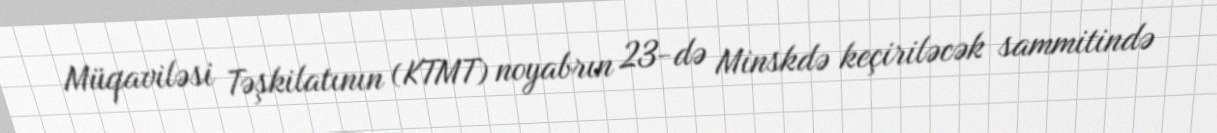
Müqaviləsi Təşkilatının (KTMT) noyabrın 23-də Minskdə keçiriləcək sammitində